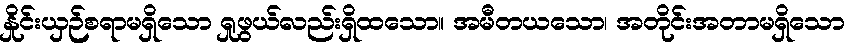
နှိုင်းယှဉ်စရာမရှိသော ရှုဖွယ်လည်းရှိထသော။ အမီတယသော၊ အတိုင်းအတာမရှိသော